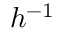
h ^ { - 1 }